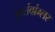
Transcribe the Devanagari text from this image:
फुर्तवांग्लर